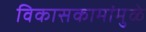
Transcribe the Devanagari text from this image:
विकासकामांमुळे